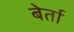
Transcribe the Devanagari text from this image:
बेर्ता